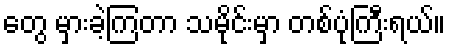
တွေ မှားခဲ့ကြတာ သမိုင်းမှာ တစ်ပုံကြီးရယ်။